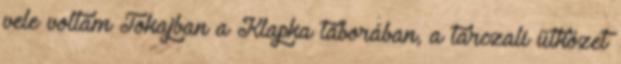
vele voltam Tokajban a Klapka táborában, a tarczali ütközet